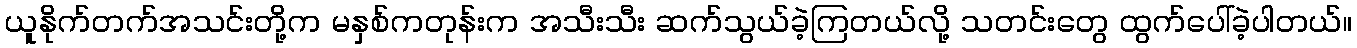
ယူနိုက်တက်အသင်းတို့က မနှစ်ကတုန်းက အသီးသီး ဆက်သွယ်ခဲ့ကြတယ်လို့ သတင်းတွေ ထွက်ပေါ်ခဲ့ပါတယ်။